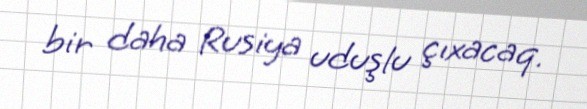
bir daha Rusiya uduşlu çıxacaq.